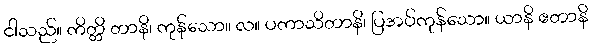
ငါသည်။ ကိတ္တိ တာနိ၊ ကုန်သော။ လ။ ပကာသိတာနိ၊ ပြအပ်ကုန်သော။ ယာနိ ဧတာနိ